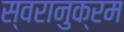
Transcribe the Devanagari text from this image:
स्वरानुक्रम